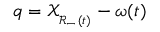
q = \mathscr { X } _ { _ { \mathscr { R } _ { - } ( t ) } } - \omega ( t )